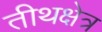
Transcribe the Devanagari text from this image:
तीथक्षेत्र